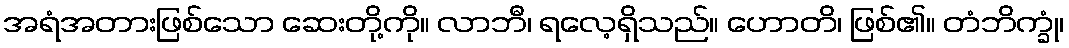
အရံအတားဖြစ်သော ဆေးတို့ကို။ လာဘီ၊ ရလေ့ရှိသည်။ ဟောတိ၊ ဖြစ်၏။ တံဘိက္ခုံ၊